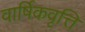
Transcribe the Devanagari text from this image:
वार्षिकवृत्ति